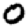
Digit: 0